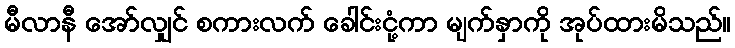
မီလာနီ အော်လျှင် စကားလက် ခေါင်းငုံ့ကာ မျက်နှာကို အုပ်ထားမိသည်။